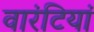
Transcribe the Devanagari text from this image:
वारंटियां